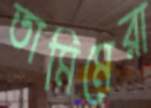
তামিমেরা